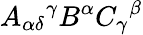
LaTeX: A_{\alpha\delta}{}^{\gamma}B^{\alpha}C_{\gamma}{}^{\beta}